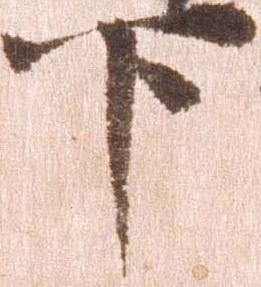
下